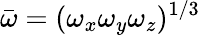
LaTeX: \bar{\omega}=(\omega_{x}\omega_{y}\omega_{z})^{1/3}